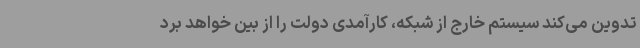
تدوین می‌کند سیستم خارج از شبکه، کارآمدی دولت را از بین خواهد برد